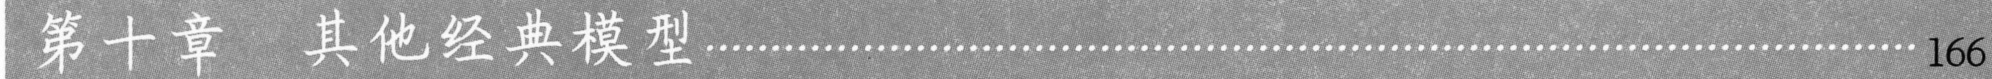
第十章  其他经典模型\(\cdots\cdots\) 166